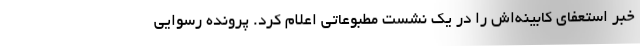
خبر استعفای کابینه‌اش را در یک نشست مطبوعاتی اعلام کرد. پرونده رسوایی